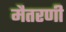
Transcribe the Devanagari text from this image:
मैतरणी